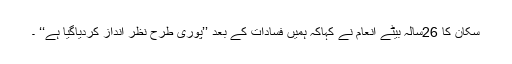
سکان کا 26سالہ بیٹے انعام نے کہاکہ ہمیں فسادات کے بعد ’’پوری طرح نظر انداز کردیاگیا ہے‘‘ ۔